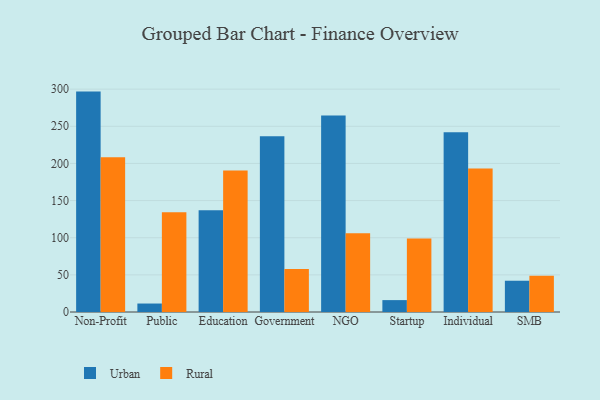
{"axis": {"x": "Segment", "y": "LTV (USD)"}, "legend": ["Rural", "Urban"], "data": [{"x": "Non-Profit", "y": 296.7, "type": "Urban"}, {"x": "Non-Profit", "y": 208.3, "type": "Rural"}, {"x": "Public", "y": 11.4, "type": "Urban"}, {"x": "Public", "y": 134.4, "type": "Rural"}, {"x": "Education", "y": 136.9, "type": "Urban"}, {"x": "Education", "y": 190.4, "type": "Rural"}, {"x": "Government", "y": 236.7, "type": "Urban"}, {"x": "Government", "y": 57.9, "type": "Rural"}, {"x": "NGO", "y": 264.5, "type": "Urban"}, {"x": "NGO", "y": 105.9, "type": "Rural"}, {"x": "Startup", "y": 16.0, "type": "Urban"}, {"x": "Startup", "y": 99.1, "type": "Rural"}, {"x": "Individual", "y": 242.1, "type": "Urban"}, {"x": "Individual", "y": 193.1, "type": "Rural"}, {"x": "SMB", "y": 42.1, "type": "Urban"}, {"x": "SMB", "y": 48.9, "type": "Rural"}]}